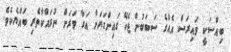
ބިއްސަކީ ވައިރަސް އެއްގެ ސަބަބުން ޖެހޭ ގައިންގަޔަށް އަރާ ވަރަށް ނުރައްކާތެރި ބައްޔެކެވެ.